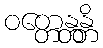
ဝတ္တေန္တန္တိ